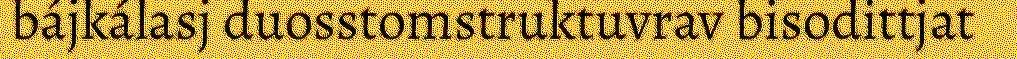
bájkálasj duosstomstruktuvrav bisodittjat